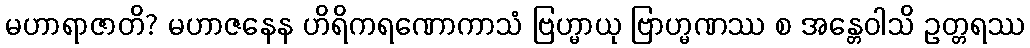
မဟာရာဇာတိ? မဟာဇနေန ဟိရိကရဏောကာသံ ဗြဟ္မာယု ဗြာဟ္မဏဿ စ အန္တေဝါသိ ဥတ္တရဿ